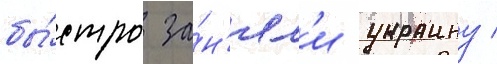
бы́стро за́н'ял'и украину /